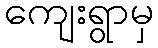
ကျေးရွာမှ